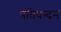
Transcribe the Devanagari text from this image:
प्रतिवन्दन